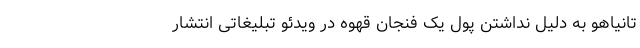
تانیاهو به دلیل نداشتن پول یک فنجان قهوه در ویدئو تبلیغاتی انتشار